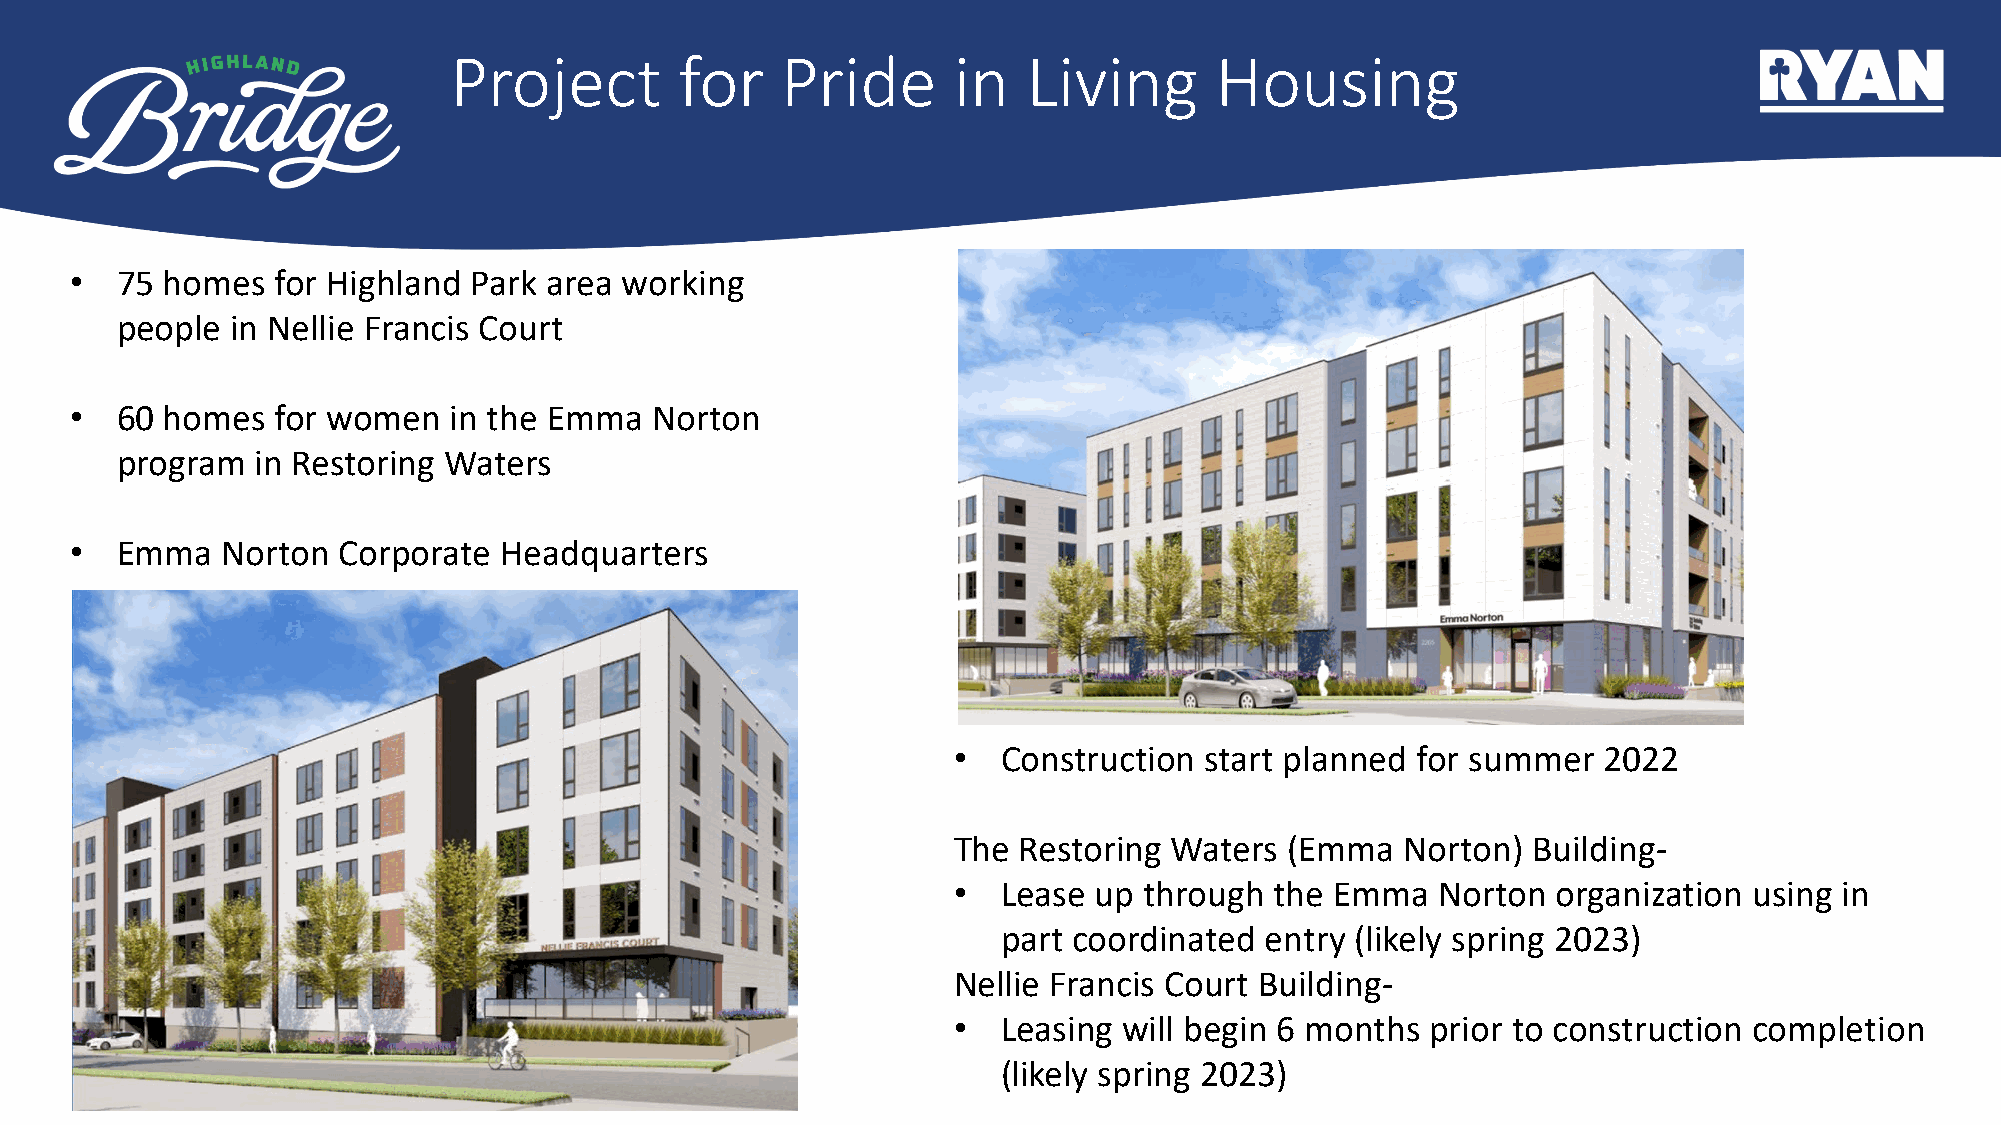
Project        for    Pride      in   Living      Housing
 •  75 homes  for Highland Park area working
 people in Nellie Francis Court
 •  60 homes  for women   in the Emma  Norton
 program  in Restoring Waters
 •  Emma   Norton Corporate  Headquarters
 •  Construction  start planned for summer  2022
 The Restoring  Waters (Emma   Norton) Building-
 •  Lease up  through the Emma   Norton  organization using in
 part coordinated  entry (likely spring 2023)
 Nellie Francis Court Building-
 •  Leasing will begin 6 months  prior to construction completion
 (likely spring 2023)